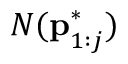
N ( \mathbf { p } _ { 1 : j } ^ { * } )